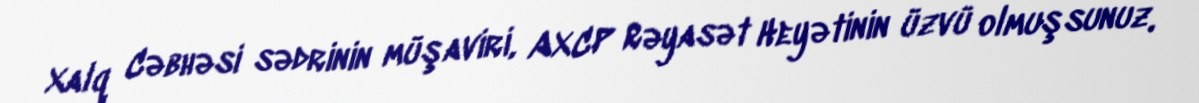
Xalq Cəbhəsi sədrinin müşaviri, AXCP Rəyasət Heyətinin üzvü olmuşsunuz.